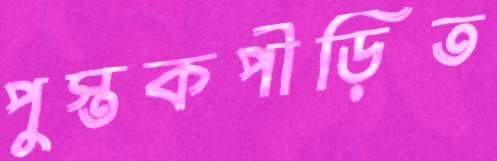
পুস্তকপীড়িত